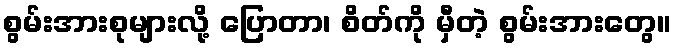
စွမ်းအားစုများလို့ ပြောတာ၊ စိတ်ကို မှီတဲ့ စွမ်းအားတွေ။